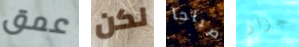
عمق لكن صباحا جزار